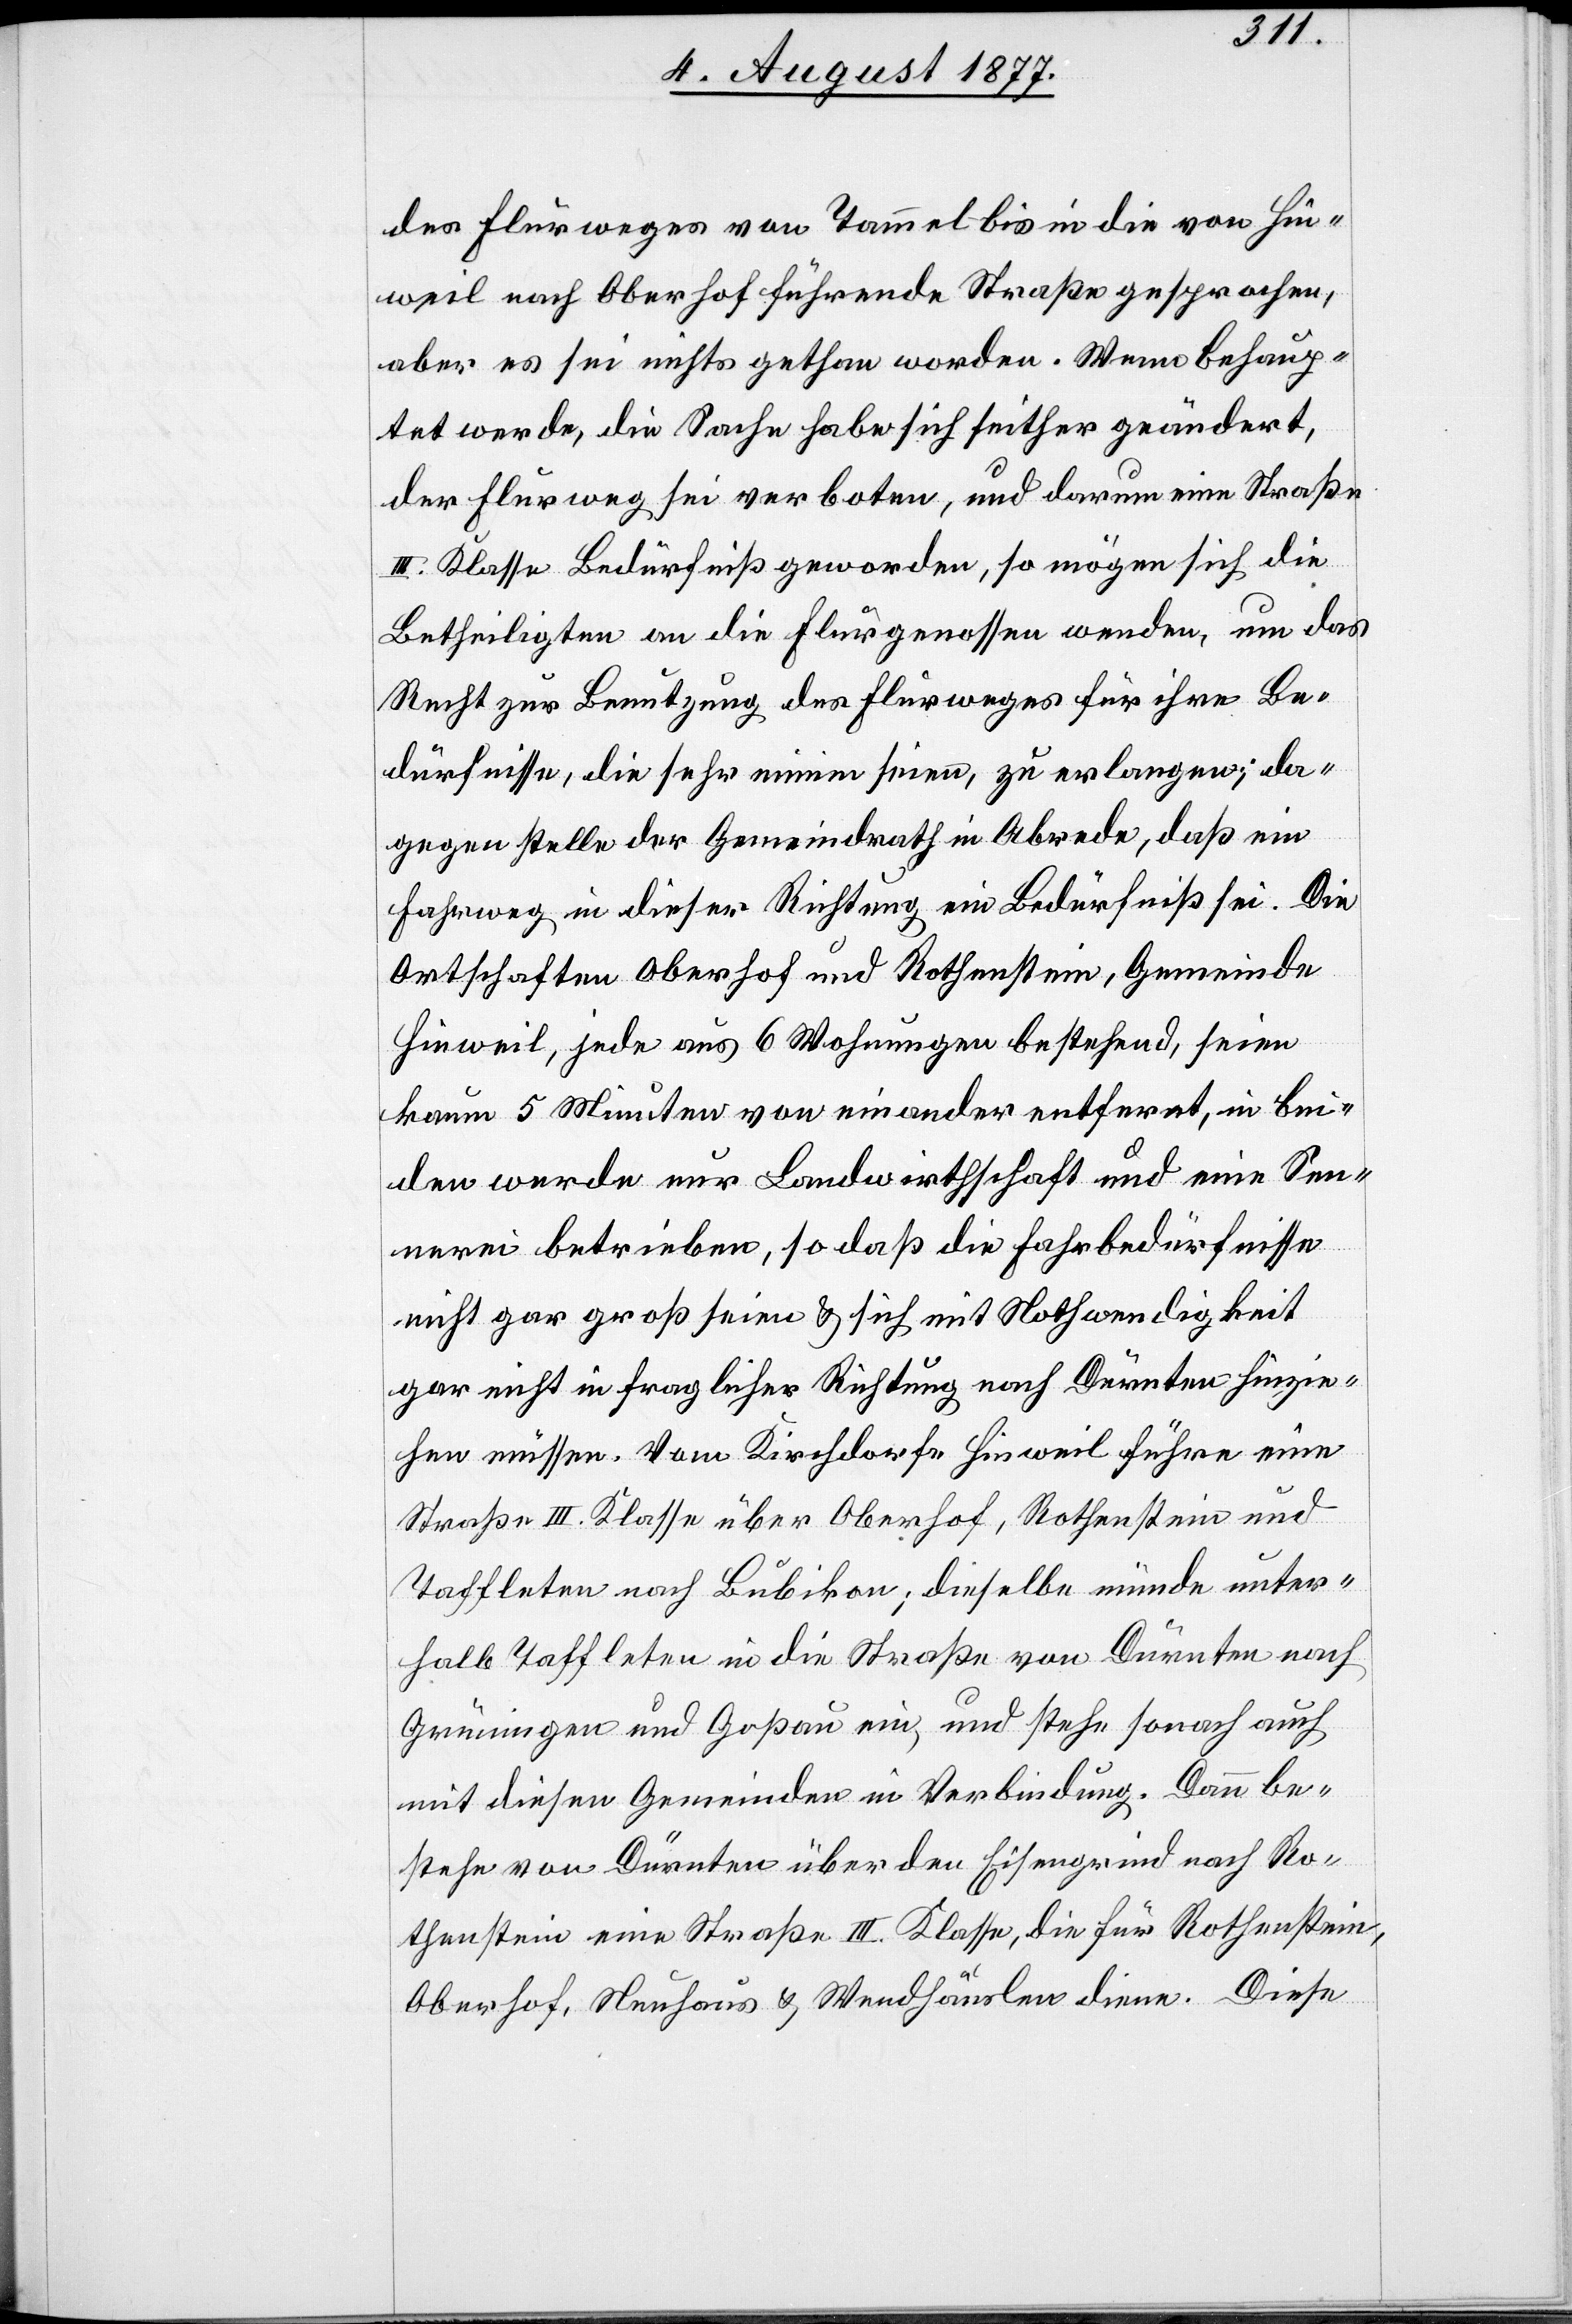
des Flurweges von Tammel bis in die von Hin¬
weil nach Oberhof führende Straße gesprochen,
aber es sei nichts gethan worden. Wenn behaup¬
tet werde, die Sache habe sich seither geändert,
der Flurweg sei verboten, und darum eine Straße
III. Klasse Bedürfniß geworden, so mögen sich die
Betheiligten an die Flurgenossen wenden, um das
Recht zur Benutzung des Flurweges für ihre Be¬
dürfnisse, die sehr minim seien, zu erlangen; da¬
gegen stelle der Gemeindrath in Abrede, daß ein
Fahrweg in dieser Richtung ein Bedürfniß sei. Die
Ortschaften Oberhof und Rothenstein, Gemeinde
Hinweil, jede aus 6 Wohnungen bestehend, seien
kaum 5 Minuten von einander entfernt, in bei¬
den werde nur Landwirthschaft und eine Sen¬
nerei betrieben, so daß die Fahrbedürfnisse
nicht gar groß seien & sich mit Nothwendigkeit
gar nicht in fraglicher Richtung nach Dürnten hinzie¬
hen müssen. Vom Kirchdorfe Hinweil führe eine
Straße III. Klasse über Oberhof, Rothenstein und
Taffleten nach Bubikon; dieselbe münde unter¬
halb Taffleten in die Straße von Dürnten nach
Grüningen und Goßau ein, und stehe sonach auch
mit diesen Gemeinden in Verbindung. Dann be¬
stehe von Dürnten über den Eisengrind nach Ro¬
thenstein eine Straße III. Klasse, die für Rothenstein,
Oberhof, Neuhaus & Wendhäuslen diene. Diese